Report on the bubonic plague in Bombay, 1896-1897
Year: 1896
Disease focus: Plague
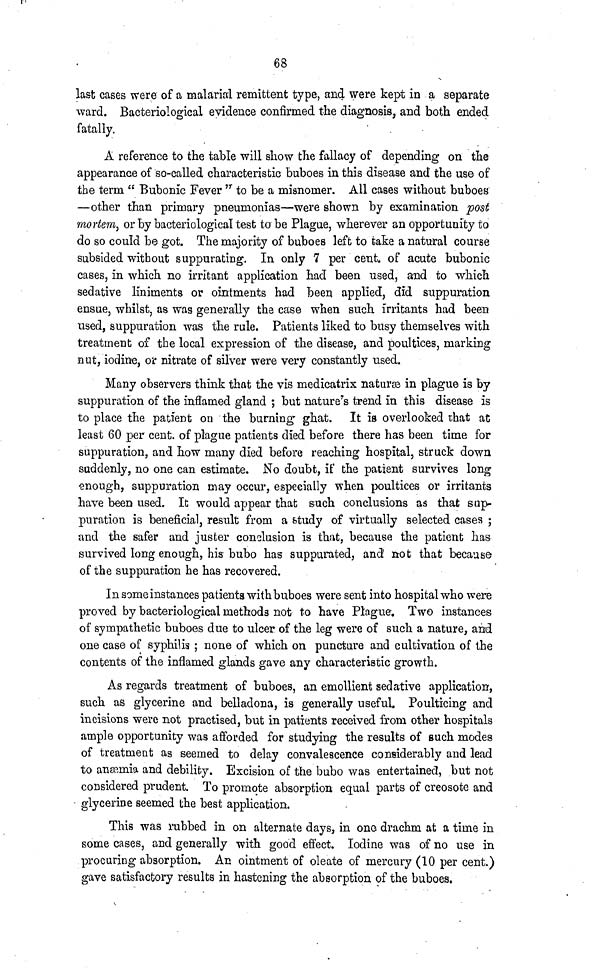
68
last cases were of a malarial remittent type, and were kept in a separate
ward. Bacteriological evidence confirmed the diagnosis, and both ended
fatally.
A reference to the table will show the fallacy of depending on the
appearance of so-called characteristic buboes in this disease and the use of
the term " Bubonic Fever" to be a misnomer. All cases without buboes
—other than primary pneumonias—were shown by examination post
mortem, or by bacteriological test to be Plague, wherever an opportunity to
do so could be got. The majority of buboes left to take a natural course
subsided without suppurating. In only 7 per cent. of acute bubonic
cases, in which no irritant application had been used, and to which
sedative liniments or ointments had been applied, did suppuration
ensue, whilst, as was generally the case when such irritants had been
used, suppuration was the rule. Patients liked to busy themselves with
treatment of the local expression of the disease, and poultices, marking
nut, iodine, or nitrate of silver were very constantly used.
Many observers think that the vis medicatrix naturæ in plague is by
suppuration of the inflamed gland ; but nature's trend in this disease is
to place the patient on the burning ghat. It is overlooked that at
least 60 per cent. of plague patients died before there has been time for
suppuration, and how many died before reaching hospital, struck down
suddenly, no one can estimate. No doubt, if the patient survives long
enough, suppuration may occur, especially when poultices or irritants
have been used. It would appear that such conclusions as that sup-
puration is beneficial, result from a study of virtually selected cases ;
and the safer and juster conclusion is that, because the patient has
survived long enough, his bubo has suppurated, and not that because
of the suppuration he has recovered.
In some instances patients with buboes were sent into hospital who were
proved by bacteriological methods not to have Plague; Two instances
of sympathetic buboes due to ulcer of the leg were of such a nature, and
one case of syphilis ; none of which on puncture and cultivation of the
contents of the inflamed glands gave any characteristic growth.
As regards treatment of buboes, an emollient sedative application,
such as glycerine and belladona, is generally useful. Poulticing and
incisions were not practised, but in patients received from other hospitals
ample opportunity was afforded for studying the results of such modes
of treatment as seemed to delay convalescence considerably and lead
to anæmia and debility. Excision of the bubo was entertained, but not
considered prudent. To promote absorption equal parts of creosote and
glycerine seemed the best application.
This was rubbed in on alternate days, in one drachm at a time in
some cases, and generally with good effect. Iodine was of no use in
procuring absorption. An ointment of oléate of mercury (10 per cent.)
gave satisfactory results in hastening the absorption of the buboes.